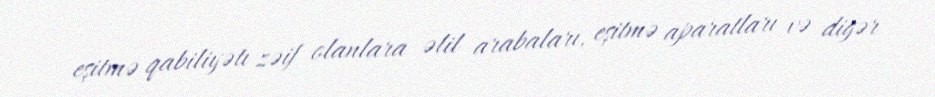
eşitmə qabiliyətı zəif olanlara əlil arabaları, eşitmə aparatları və digər